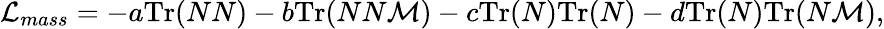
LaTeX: {\cal L}_{mass}=-a\mathrm{Tr}(NN)-b\mathrm{Tr}(NN{\cal M})-c\mathrm{Tr}(N)\mathrm{Tr}(N)-d\mathrm{Tr}(N)\mathrm{Tr}(N{\cal M}),